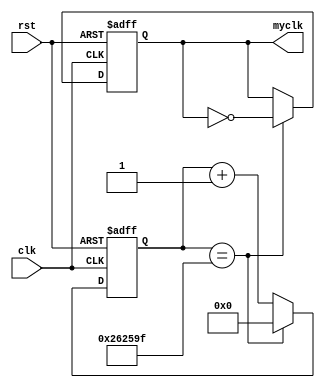
module clk_div(
	clk,
	rst,
	myclk);
	
	input clk,rst;
	output	myclk;
	
	reg	[21:0]	cnt_myclk;
	reg				myclk;
	
	always @(posedge clk or negedge rst) begin
		if(!rst)begin
			cnt_myclk	<=	0;
			myclk			<=	0;
			end
		else if(cnt_myclk == 22'd2499999)begin
			cnt_myclk	<=	0;
			myclk			<=	~myclk;
			end
		else
			cnt_myclk	<=	cnt_myclk + 1'b1;
	end
	
endmodule